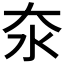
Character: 𪵪